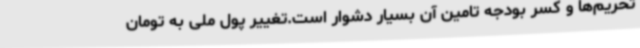
تحریم‌ها و کسر بودجه تامین آن بسیار دشوار است.تغییر پول ملی به تومان